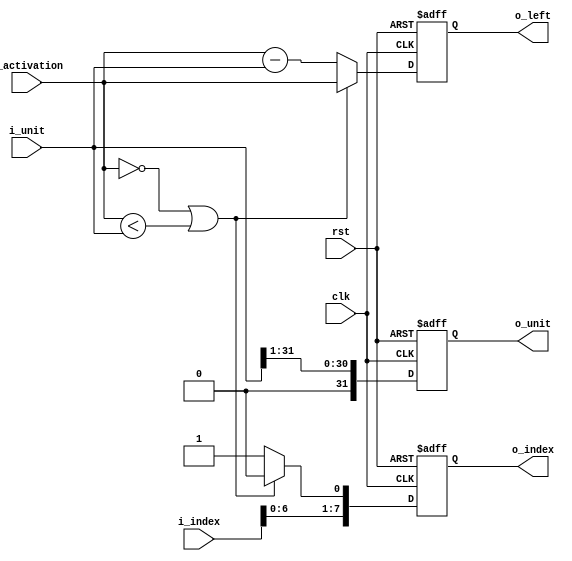
`timescale 1ns / 1ps
module quant_divider(
	input         clk,
	input         rst,
    input  [7:0]  i_index,
	input  [31:0] i_unit,
	input  [31:0] i_activation,
	output [7:0]  o_index,
	output [31:0] o_left,
	output [31:0] o_unit
);

    reg [7:0]  r_index;
    reg [31:0] r_left;
    reg [31:0] r_unit;

    always@(posedge clk or posedge rst) begin
        if (rst) begin
            r_index <=  1'd0;
            r_left  <= 32'd0;
            r_unit  <= 32'd0;
        
        end else begin
            r_unit  <= {1'd0, i_unit[31:1]}; // right shift
            if ((i_activation == 32'd0) | (i_activation < i_unit)) begin 
                r_index <= {i_index[6:0], 1'd0};
                r_left  <= i_activation;

            end else begin
                r_index <= {i_index[6:0], 1'd1};
                r_left  <= i_activation - i_unit;
                
            end
        end
    end

assign o_index = r_index;
assign o_left  = r_left;
assign o_unit  = r_unit;

endmodule